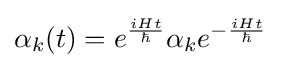
\alpha _{k}(t)=e^{\frac {iHt}{\hbar }}\alpha _{k}e^{-{\frac {iHt}{\hbar }}}